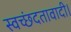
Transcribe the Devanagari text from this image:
स्वच्छंदतावादी।